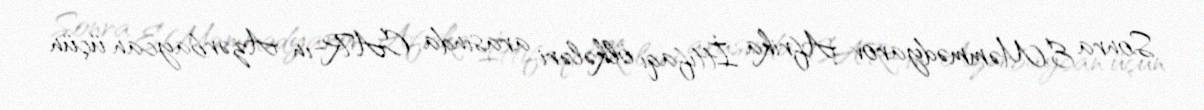
Sonra E.Məmmədyarov Afrika İttifaqı ölkələri arasında CAR-ın Azərbaycan üçün